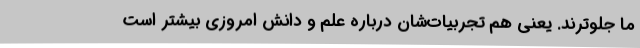
ما جلوترند. یعنی هم تجربیات‌شان درباره علم و دانش امروزی بیشتر است